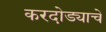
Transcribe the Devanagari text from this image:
करदोड्याचे